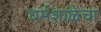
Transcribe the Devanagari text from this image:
धर्मशाळेचा